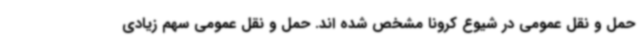
حمل و نقل عمومی در شیوع کرونا مشخص شده اند. حمل و نقل عمومی سهم زیادی